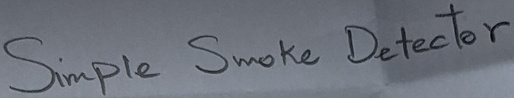
Text: Simple Smoke Detector